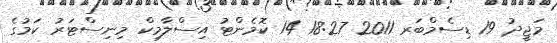
މަޖީދު 19 ޑިސެމްބަރ 2011 18:27 14 ކޮމެންޓު އިސްލާމިކް މިނިސްޓަރު ކަމުގެ